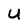
Character: U